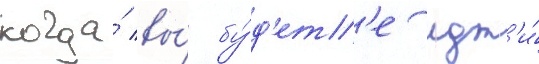
когда́ вы́ бу́д'ет'е идт'и́